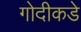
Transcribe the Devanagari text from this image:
गोदीकडे